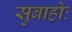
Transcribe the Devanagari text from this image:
सुबाहोः